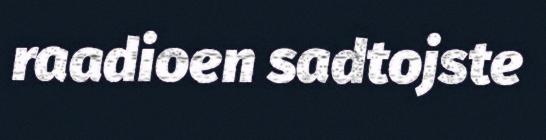
raadioen sadtojste